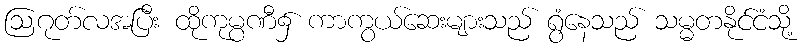
ဩဂုတ်လအပြီး ထိုကုမ္ပဏီ၌ ကာကွယ်ဆေးများသည် ရွံနေသည် သမ္မတနိုင်ငံသို့